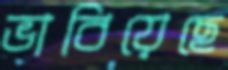
ভাবিয়েছে